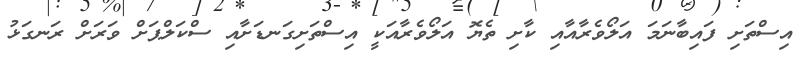
އިސްތަށި ފައިބާނަމަ އަލޯވެރާއާއި ކާށި ތެޔޮ އަލޯވެރާއަކީ އިސްތަށިގަނޑަށާއި ސްކަލްޕަށް ވަރަށް ރަނގަޅު